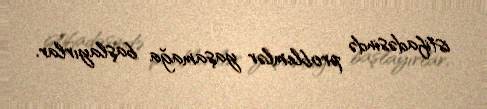
istifadəsində problemlər yaşamağa başlayırlar.